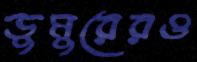
ডুমুরেরও